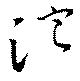
濘